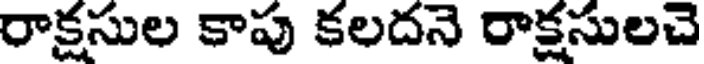
రాక్షసుల కాపు కలదనె రాక్షసులచె